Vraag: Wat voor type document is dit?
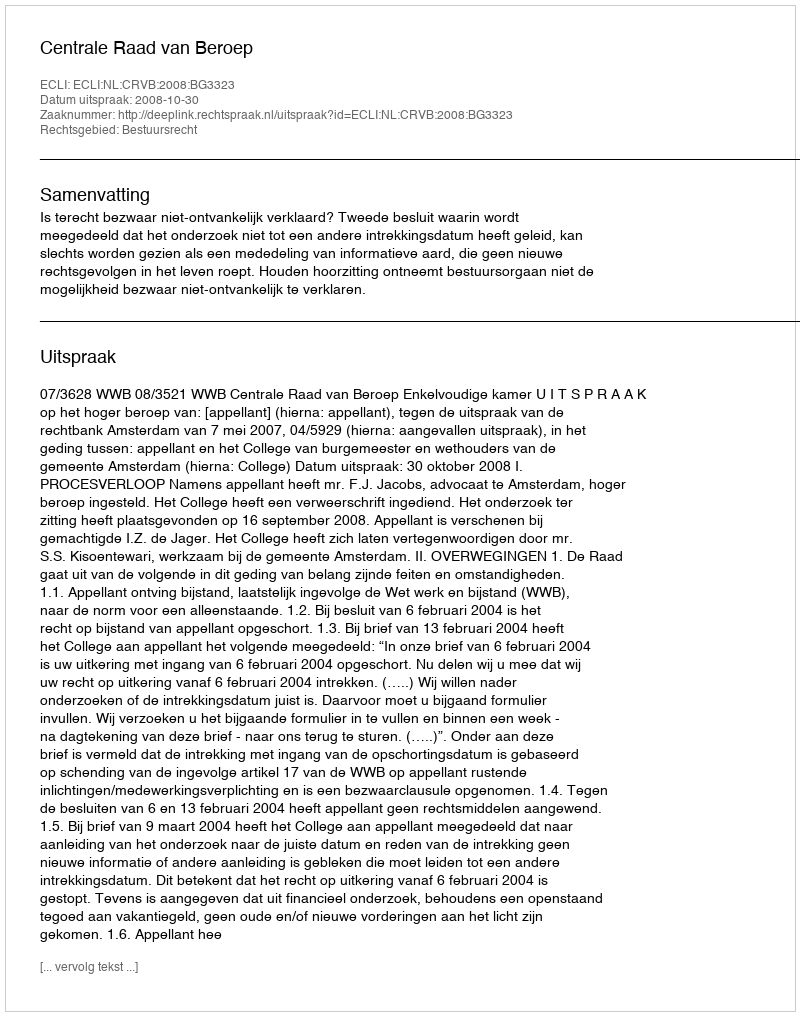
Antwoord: Uitspraak